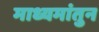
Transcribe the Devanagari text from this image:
माध्यमांतुन